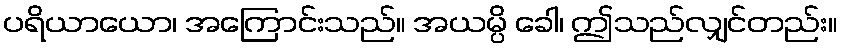
ပရိယာယော၊ အကြောင်းသည်။ အယမ္ပိ ခေါ၊ ဤသည်လျှင်တည်း။